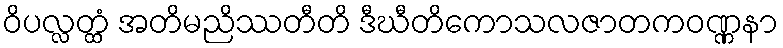
ဝိပလ္လတ္ထံ အတိမညိဿတီတိ ဒီဃီတိကောသလဇာတကဝဏ္ဏနာ